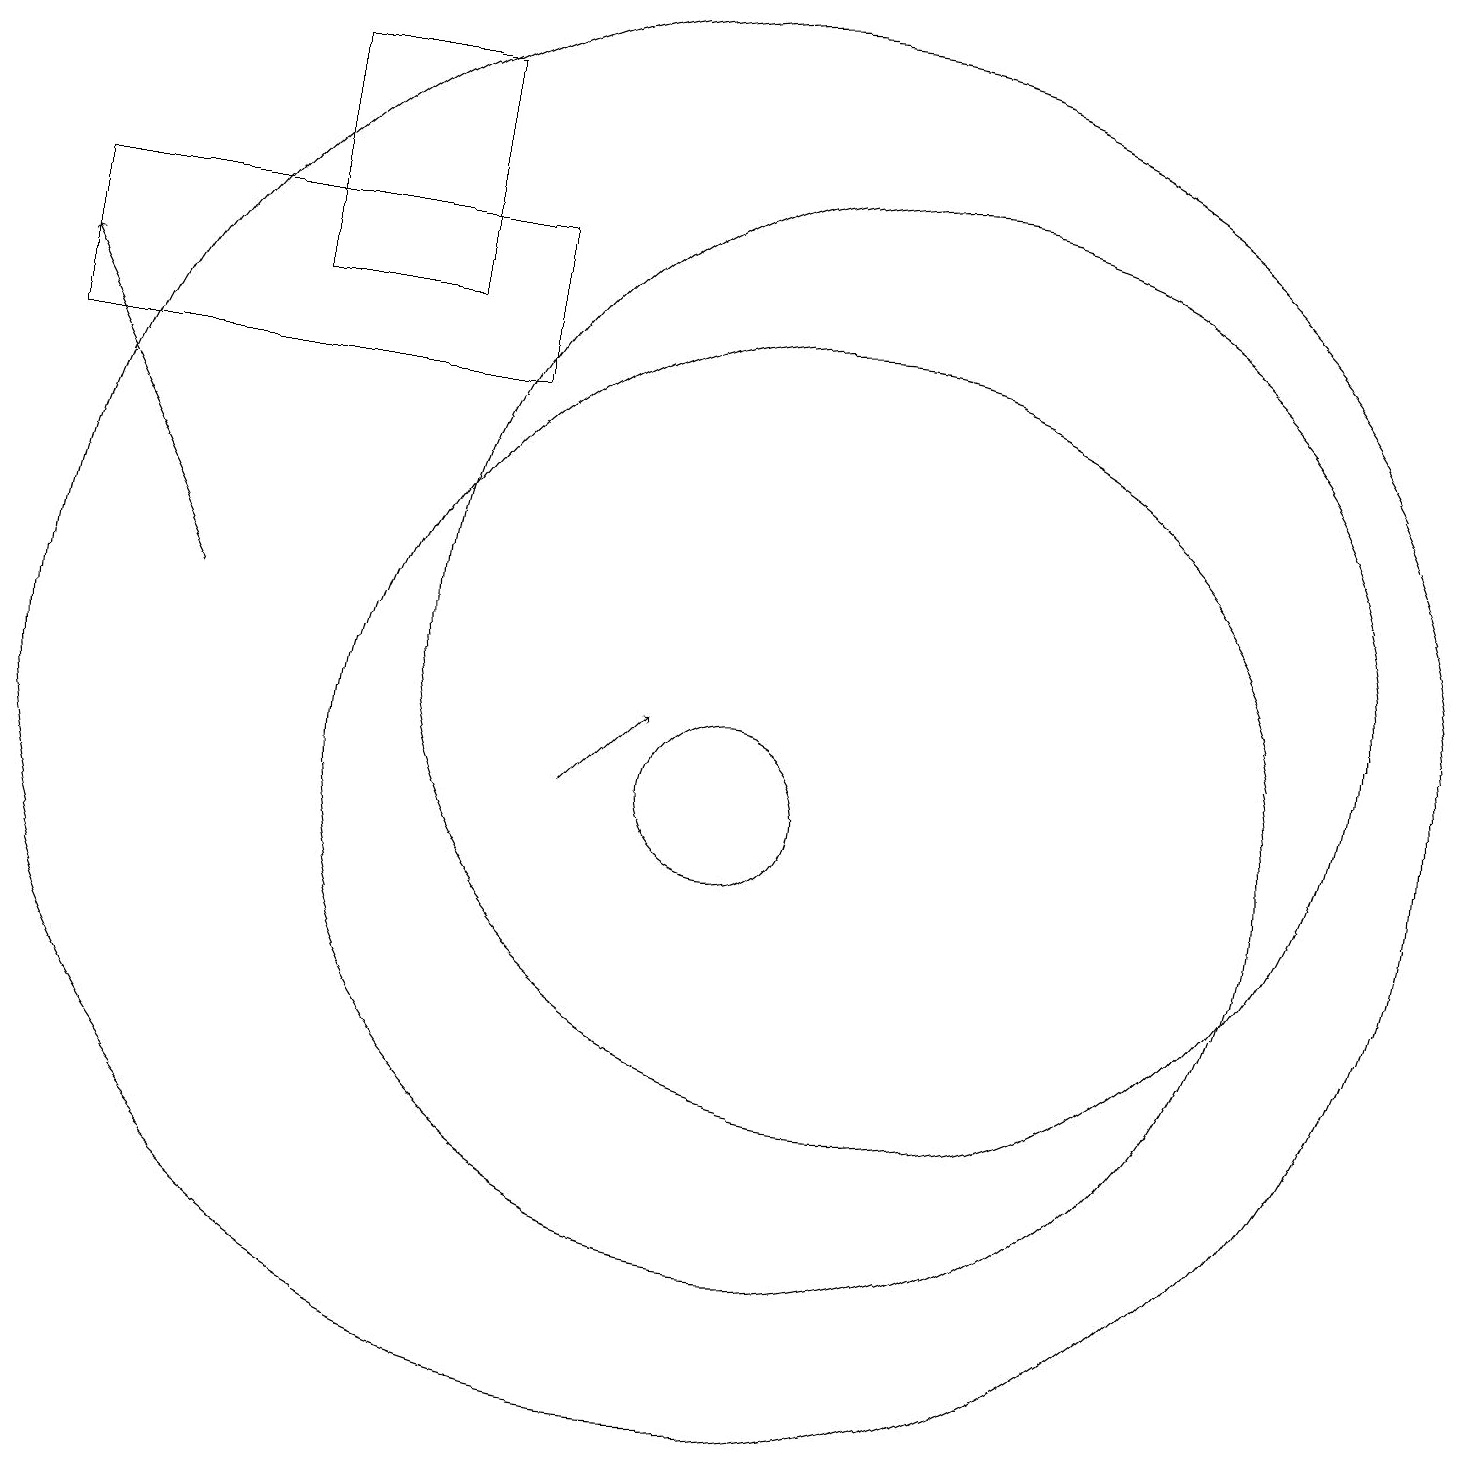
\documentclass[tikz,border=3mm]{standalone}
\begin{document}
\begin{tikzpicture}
\draw (10,10) circle (1);
\draw (6,16) rectangle (4,19);
\draw (10,11) circle (9);
\draw (11,10) circle (6);
\draw (12,12) circle (6);
\draw (7,15) rectangle (1,17);
\draw[->] (8,10) -- (9,11);
\draw[->] (3,12) -- (1,16);
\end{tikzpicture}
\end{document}